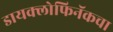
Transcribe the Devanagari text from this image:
डायक्लोफिनॅकचा